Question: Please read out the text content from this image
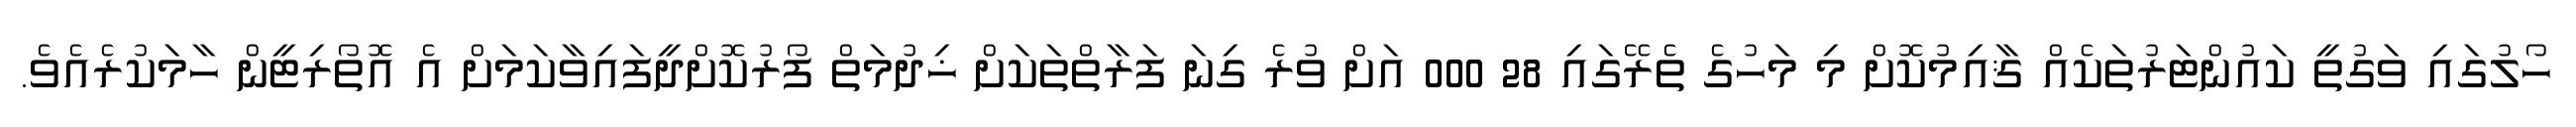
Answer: ހޯލުގައި ވަގުތީ ކައުންޓަރުތަކެއް ޤާއިމުކޮށް މި މަހުގެ ތެރޭގައި 28 000 އަށް ވުރެ ގިނަ ފަރާތްތަކަށް ޚިދުމަތް ފޯރުކޮށްދީފައިވާކަމަށް އެ އޮތޯރިޓީން ހާމަކުރެއެވެ.